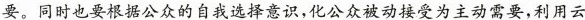
要。同时也要根据公众的自我选择意识，化公众被动接受为主动需要，利用云